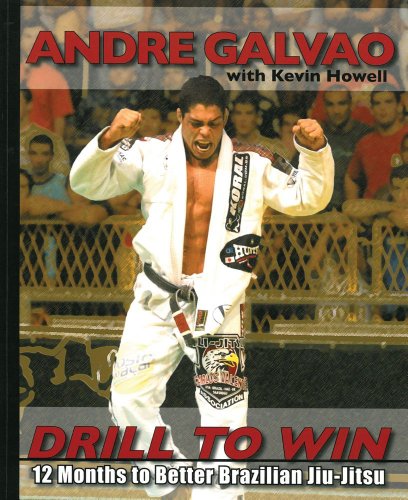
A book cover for Drill to Win: 12 Months to Better Brazillian Jiu-Jitsu; Andre Galvao; Sports & Outdoors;